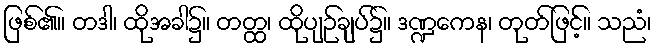
ဖြစ်၏။ တဒါ၊ ထိုအခါ၌။ တတ္ထ၊ ထိုပျဉ်ချပ်၌။ ဒဏ္ဍကေန၊ တုတ်ဖြင့်။ သညံ၊